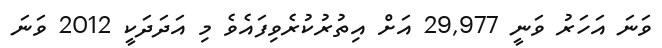
ވަނަ އަހަރު ވަނީ 29